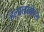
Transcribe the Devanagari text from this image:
हलालखोरांस